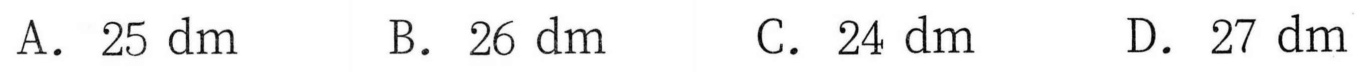
A. \(25\ \text{dm}\)  B. \(26\ \text{dm}\)  C. \(24\ \text{dm}\)  D. \(27\ \text{dm}\)